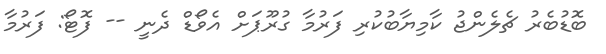
ބޮޑުބެރު ޗެލެންޖު ކާމިޔާބުކުރި ފަރުމާ ގުރޫޕަށް އެވޯޑް ދެނީ -- ފޮޓޯ: ފަރުމާ